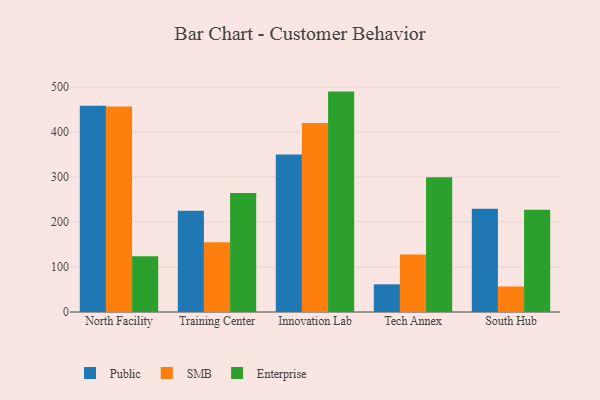
{"axis": {"x": "Campus", "y": "Satisfaction Score"}, "legend": ["Enterprise", "Public", "SMB"], "data": [{"x": "North Facility", "y": 457.9, "type": "Public"}, {"x": "North Facility", "y": 456.5, "type": "SMB"}, {"x": "North Facility", "y": 124.0, "type": "Enterprise"}, {"x": "Training Center", "y": 224.8, "type": "Public"}, {"x": "Training Center", "y": 155.2, "type": "SMB"}, {"x": "Training Center", "y": 264.3, "type": "Enterprise"}, {"x": "Innovation Lab", "y": 350.0, "type": "Public"}, {"x": "Innovation Lab", "y": 419.7, "type": "SMB"}, {"x": "Innovation Lab", "y": 489.6, "type": "Enterprise"}, {"x": "Tech Annex", "y": 61.5, "type": "Public"}, {"x": "Tech Annex", "y": 127.9, "type": "SMB"}, {"x": "Tech Annex", "y": 299.6, "type": "Enterprise"}, {"x": "South Hub", "y": 229.5, "type": "Public"}, {"x": "South Hub", "y": 56.7, "type": "SMB"}, {"x": "South Hub", "y": 227.4, "type": "Enterprise"}]}